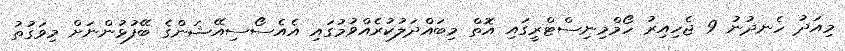
މިއަދު ހެނދުނު 9 ޖެހިއިރު ހޯމްމިނިސްޓްރީގައި އޮތް މިބައްދަލުކުރެއްވުމުގައި އެއެސޯސިއޭޝަންގެ ބޭފުޅުންނަށް މިވަގުތު